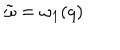
{ \tilde { \omega } } = \omega _ { 1 } ( q )